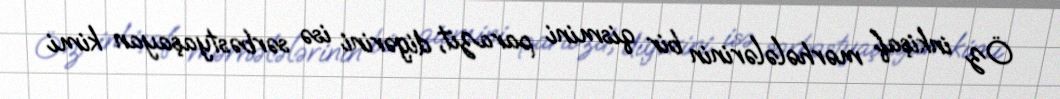
Öz inkişaf mərhələlərinin bir qismini parazit, digərini isə sərbəstyaşayan kimi